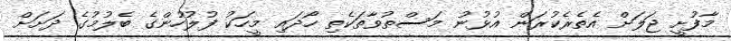
މާފުށީ ޖަލަށް އެތެރެކުރަން އުޅުނު މަސްތުވާތަކެތި ހޯދައި މީހަކު ފުލުހުންގެ ބެލުމުގެ ދަށަށް